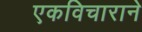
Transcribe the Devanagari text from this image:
एकविचाराने